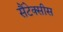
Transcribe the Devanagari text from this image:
सैंटेक्सीस